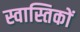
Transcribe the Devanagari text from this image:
स्वास्तिकों